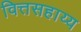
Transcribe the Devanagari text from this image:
वित्तसहाय्य